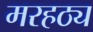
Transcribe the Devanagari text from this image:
मरहठ्य